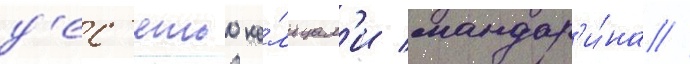
д'ес'ятью ко́льцам'и мандар'и́на //